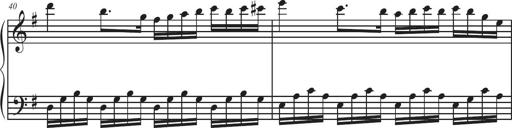
Title: Sonatina Espania
Composer: Jerald Franklin Archer
Key: Various